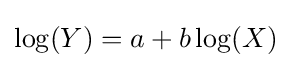
\log(Y)=a+b\log(X)